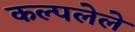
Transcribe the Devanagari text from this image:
कल्पलेले